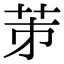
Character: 𦭄